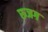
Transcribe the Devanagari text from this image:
रुजग